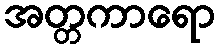
အတ္တကာရော